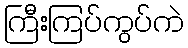
ကြီးကြပ်ကွပ်ကဲ